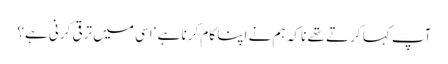
آپ کہا کرتے تھے نا کہ ہم نے اپنا کام کرنا ہے‘ اسی میں ترقی کرنی ہے؟